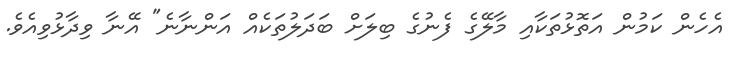
އެހެން ކަމުން އަތޮޅުތަކާއި މާލޭގެ ފެނުގެ ބިލަށް ބަދަލުތަކެއް އަންނާނެ" އޭނާ ވިދާޅުވިއެވެ.